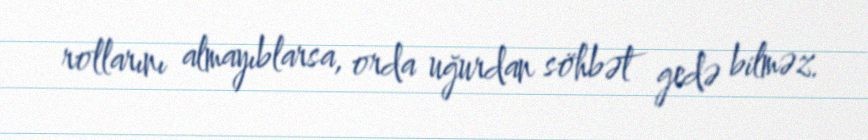
rollarını almayıblarsa, orda uğurdan söhbət gedə bilməz.